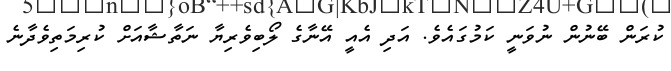
ކުރަން ބޭނުން ނުވަނީ ކަމުގައެވެ. އަދި އެއީ އޭނާގެ ލޯބިވެރިޔާ ނަތާޝާއަށް ކުރިމަތިވެދާނެ